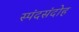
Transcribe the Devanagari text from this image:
स्पंदसंदोह